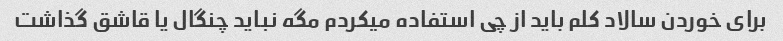
برای خوردن سالاد کلم باید از چی استفاده میکردم مگه نباید چنگال یا قاشق گذاشت